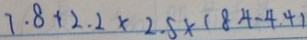
7 . 8 + 2 . 2 \times 2 . 5 \times ( 8 4 - 4 4 )